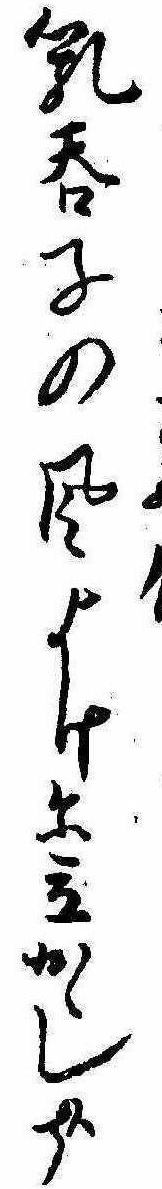
乳呑子の風よけに立かゝし哉